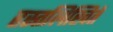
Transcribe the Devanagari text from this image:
हस्तलिखितें